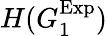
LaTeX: H(G_{1}^{\mathrm{Exp}})